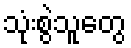
သုံးစွဲသူတွေ